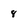
Character: 8